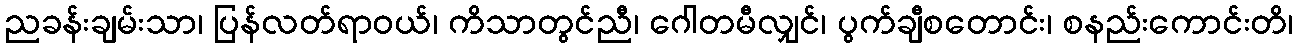
ညခန်းချမ်းသာ၊ ပြန်လတ်ရာဝယ်၊ ကိသာတွင်ညီ၊ ဂေါတမီလျှင်၊ ပွက်ချီစတောင်း၊ စနည်းကောင်းတိ၊